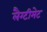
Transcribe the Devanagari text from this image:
लैग्टीमेट